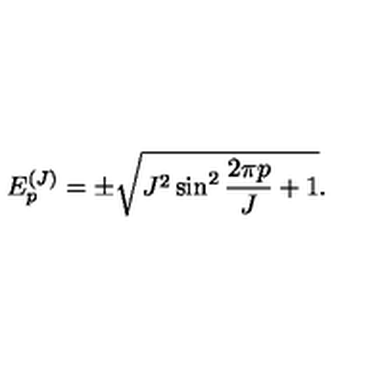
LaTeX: E _ { p } ^ { ( J ) } = \pm \sqrt { J ^ { 2 } \sin ^ { 2 } \frac { 2 \pi p } { J } + 1 } .